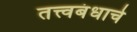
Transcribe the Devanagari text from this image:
तत्त्वबंधाचे